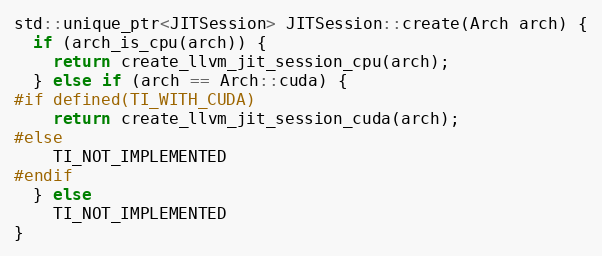
Language: C++
std::unique_ptr<JITSession> JITSession::create(Arch arch) {
  if (arch_is_cpu(arch)) {
    return create_llvm_jit_session_cpu(arch);
  } else if (arch == Arch::cuda) {
#if defined(TI_WITH_CUDA)
    return create_llvm_jit_session_cuda(arch);
#else
    TI_NOT_IMPLEMENTED
#endif
  } else
    TI_NOT_IMPLEMENTED
}